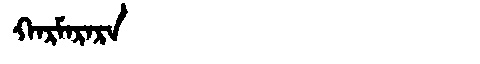
Manchu: ᡴᠠᡵᠮᠠᡵᠠᡵᠠ
Romanization: KARMARARA